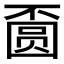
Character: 𱖅